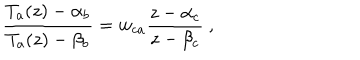
\frac { T _ { a } ( z ) - \alpha _ { b } } { T _ { a } ( z ) - \beta _ { b } } = w _ { c a } \frac { z - \alpha _ { c } } { z - \beta _ { c } } \ ,